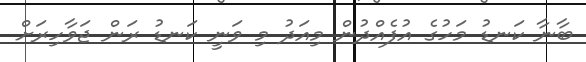
ބާނާ ކަނޑު މަހުގެ އުފެއްދުން މިއަދު މި ވަނީ ކަނޑު ރަން ޖަވާހިރަށް